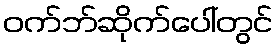
ဝက်ဘ်ဆိုက်ပေါ်တွင်